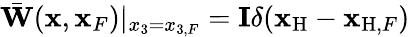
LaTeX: \bar{\mathbf W}({\mathbf x},{\mathbf x}_{F})|_{x_{3}={x_{3,F}}}={\mathbf I}\delta({{\mathbf x}_{\mathrm{H}}}-{{\mathbf x}_{\mathrm{H},F}})